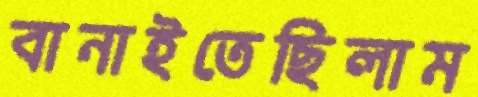
বানাইতেছিলাম